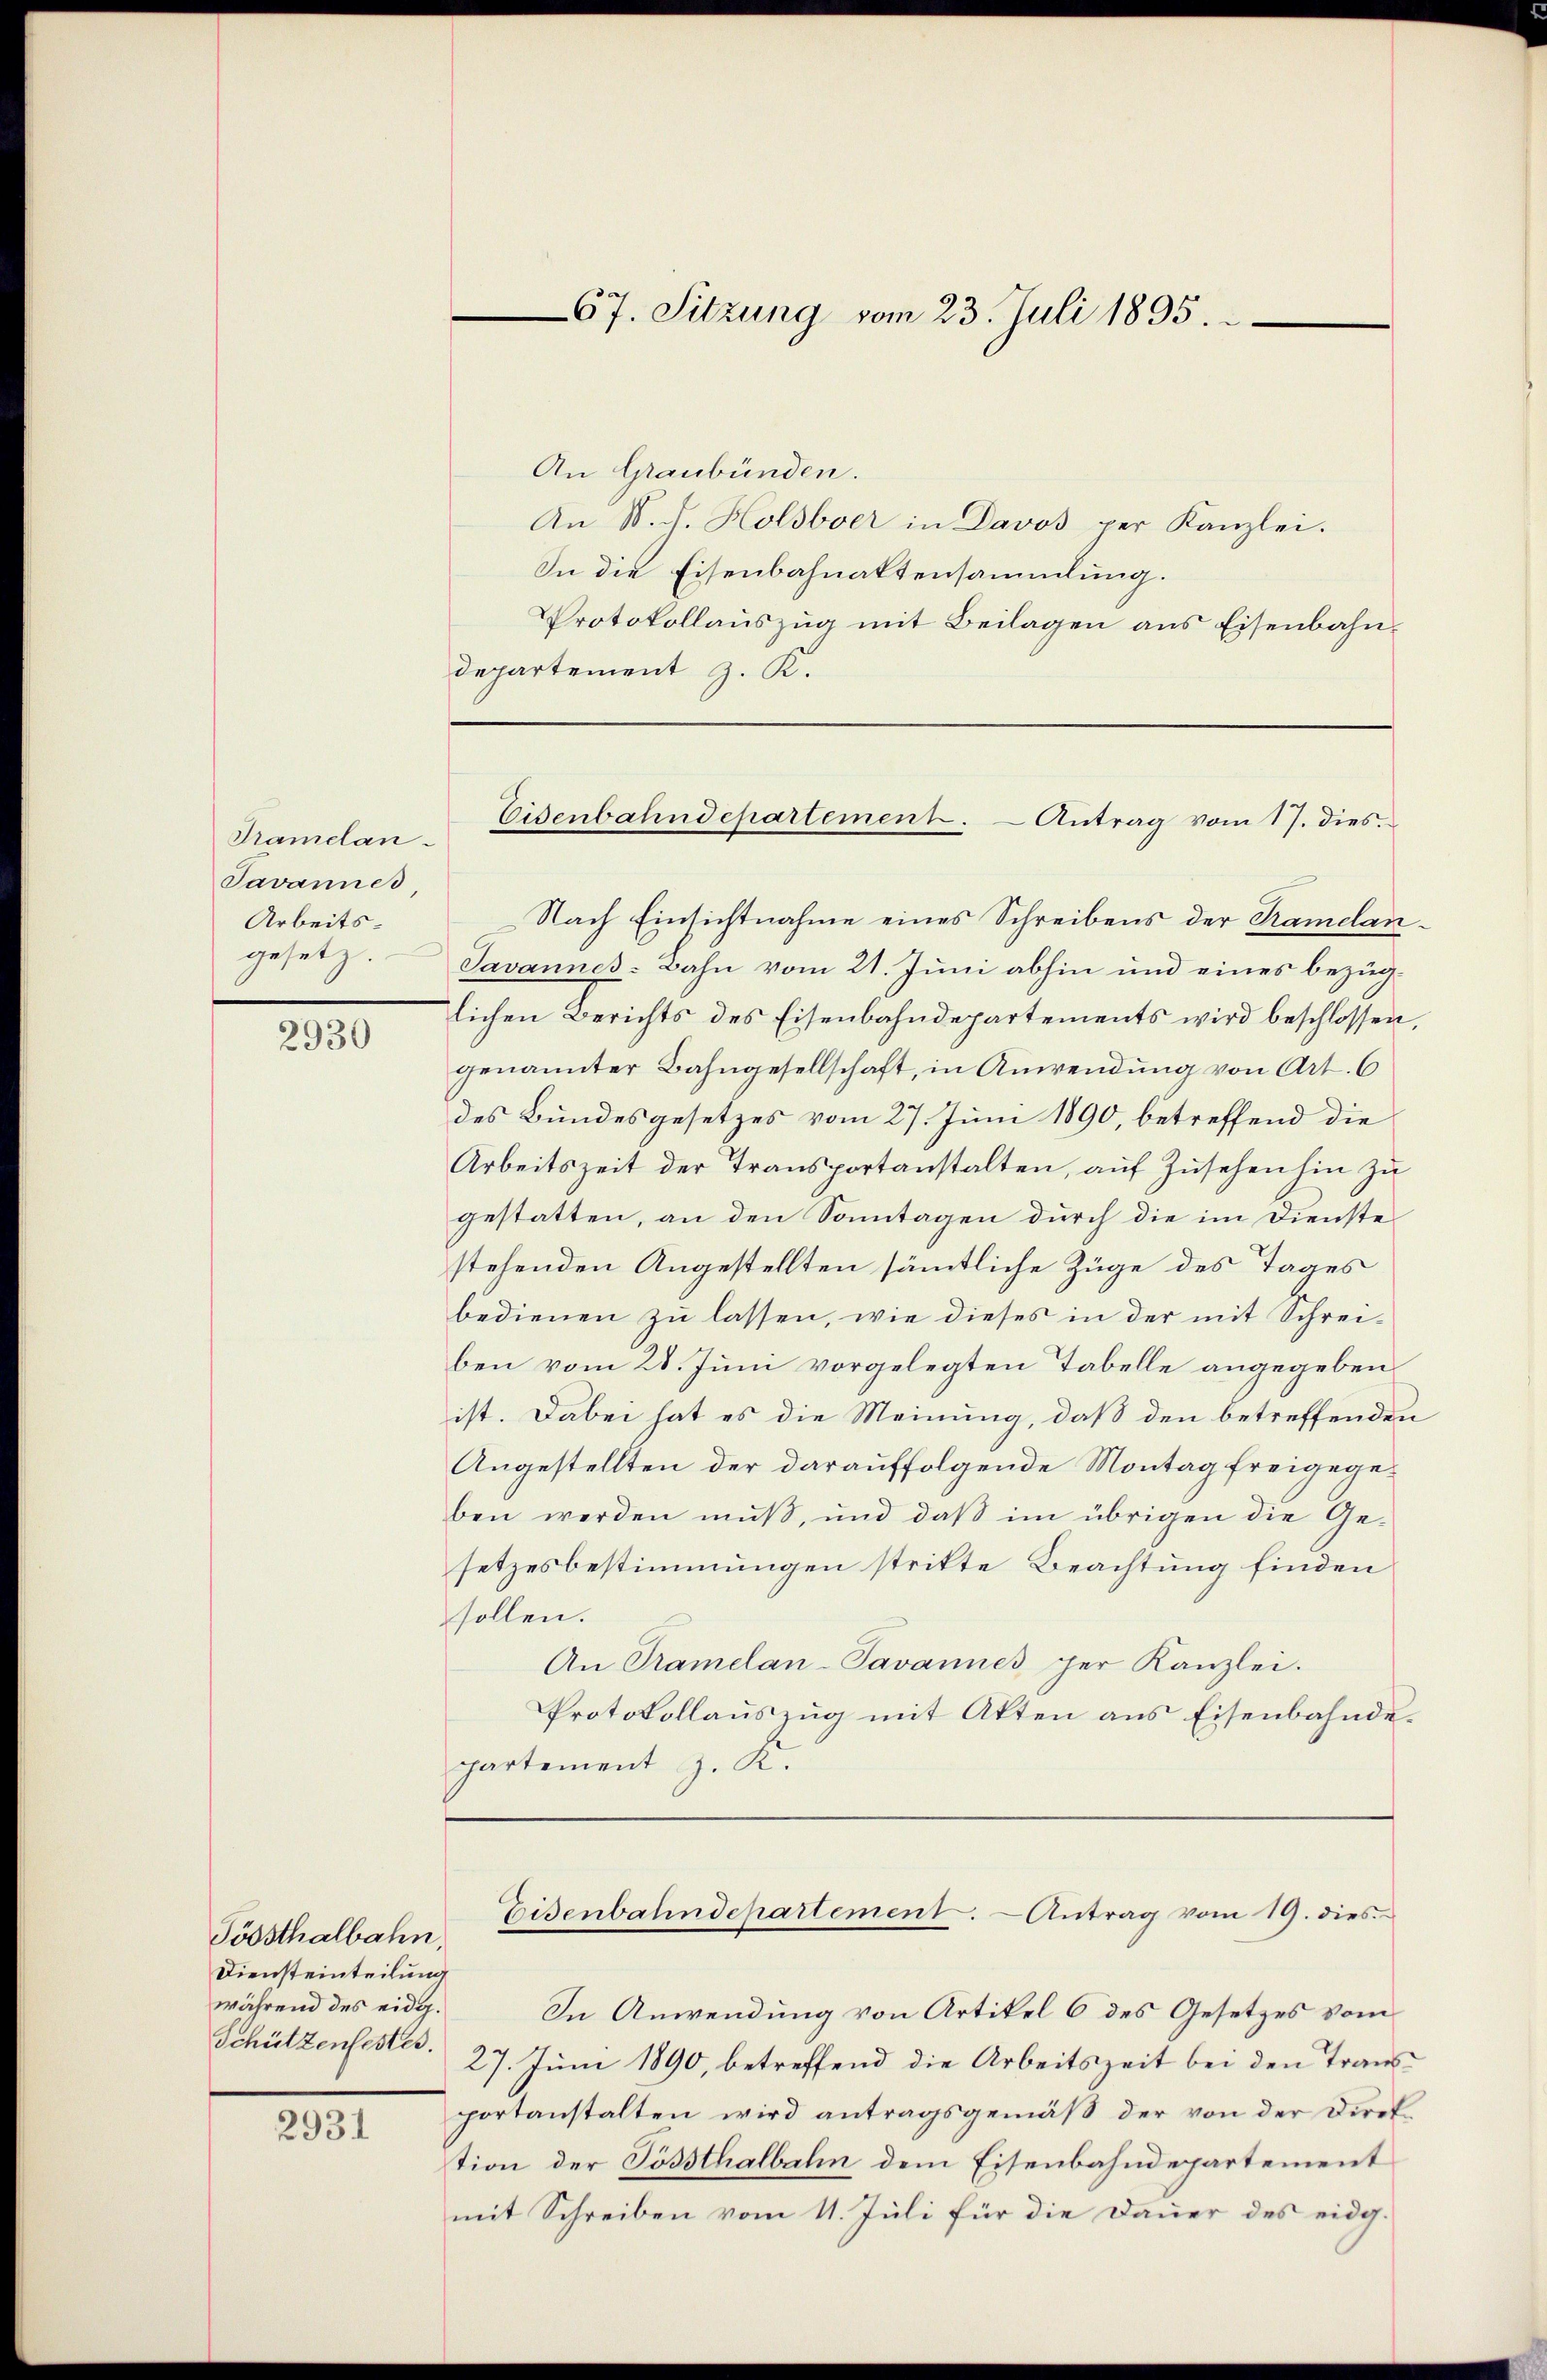
Pramelan¬
Javannes,
Arbeitsgesetz.

2930

Töbsthalbahn
Diensteinteilung
während des eidg.
Schützenfestes.

2931

An Graubünden.
An N. d. Holsbver in Davos per Kanzlei.
In die Eisenbahnaktensammlung.
Protokollauszug mit Beilagen aus Eisenbahndepartement z. K.
Nach Einsichtnahme eines Schreibens der Ramelan¬
Javannes-Bahn vom 21. Juni abhin und eines bezüglichen Berichts des Eisenbahndepartements wird beschlossen,
genannter Bahngesellschaft, in Anwendung von Art. 6
des Bundesgesetzes vom 27. Juni 1890, betreffend die
Arbeitszeit der Transportanstalten, auf Zusehen hin zu
gestatten, an den Sonntagen durch die im Dienste
stehenden Angestellten sämmtliche Züge des Tages
bedienen zu lassen, wie dieses in der mit Schreiben vom 28. Juni vorgelegten Tabelle angegeben
ist. Dabei hat es die Meinung, daß den betreffenden
Angestellten der darauffolgende Montag freigegeben werden muß, und daß im übrigen die Gesetzesbestimmungen stritte Beachtung finden
sollen.
An Tramelan-Pavannes per Kanzlei.
Protokollauszug mit Akten aus Eisenbahndepartement z. K.

In Anwendung von Artikel 6 des Gesetzes vom
27. Juni 1890, betreffend die Arbeitszeit bei den Transportanstalten wird antragsgemäß der von der Direktion der Possthalbali dem Eisenbahndepartement
mit Schreiben vom 11. Juli für die Dauer des eidg.

67. Sitzung vom 23. Juli 1895.

Eisenbahndepartement.
Antrag vom 17. dies

Eisenbahndepartement. Antrag vom 19. dies